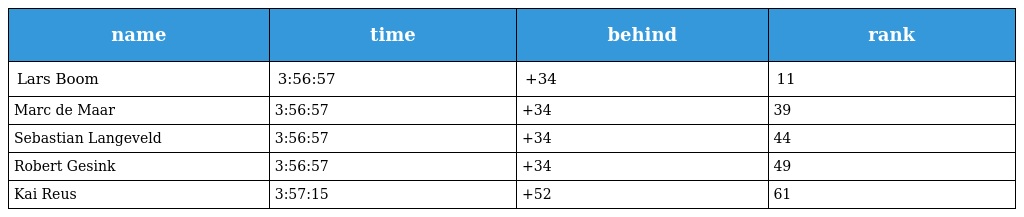
| name | time | behind | rank |
 | --- | --- | --- | --- |
 | Lars Boom | 3:56:57 | +34 | 11 |
 | Marc de Maar | 3:56:57 | +34 | 39 |
 | Sebastian Langeveld | 3:56:57 | +34 | 44 |
 | Robert Gesink | 3:56:57 | +34 | 49 |
 | Kai Reus | 3:57:15 | +52 | 61 |